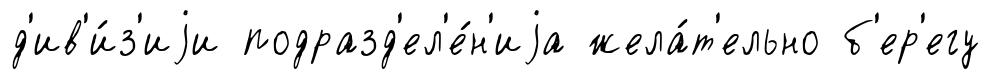
д'ив'и́з'иjи подразд'ел'е́н'иjа жела́т'ельно б'ер'егу